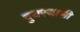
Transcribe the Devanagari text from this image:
बुधस्वामी